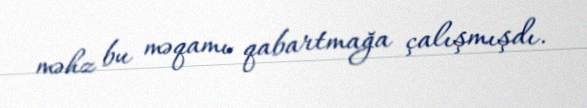
məhz bu məqamı qabartmağa çalışmışdı.